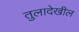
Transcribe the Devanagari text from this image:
तुलादेखील